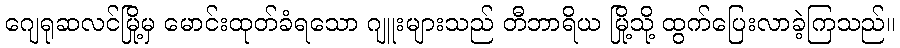
ဂျေရုဆလင်မြို့မှ မောင်းထုတ်ခံရသော ဂျူးများသည် တီဘာရိယ မြို့သို့ ထွက်ပြေးလာခဲ့ကြသည်။